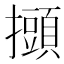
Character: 𢸸